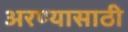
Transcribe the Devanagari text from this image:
अरण्यासाठी